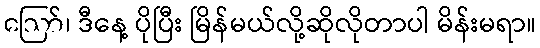
ဪ၊ ဒီနေ့ ပိုပြီး မြိန်မယ်လို့ဆိုလိုတာပါ မိန်းမရာ။